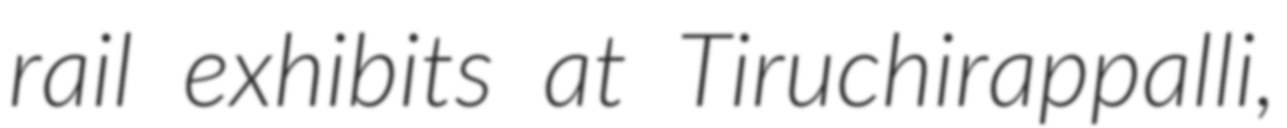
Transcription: rail exhibits at Tiruchirappalli,